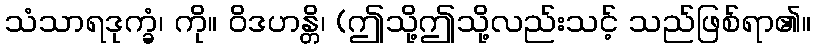
သံသာရဒုက္ခံ၊ ကို။ ဝိဒဟန္တိ၊ (ဤသို့ဤသို့လည်းသင့် သည်ဖြစ်ရာ၏။